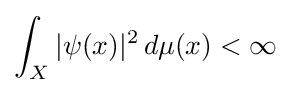
\int _{X}{|\psi (x)|^{2}\,d\mu (x)}<\infty